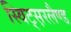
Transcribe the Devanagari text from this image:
स्विट्स़रलैण्ड